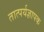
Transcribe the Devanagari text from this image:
तात्पर्यज्ञापक